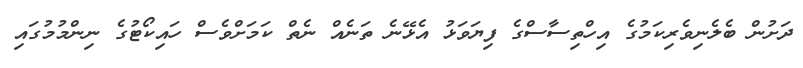
ދަށުން ބެލެނިވެރިކަމުގެ އިހްތިސާސްގެ ފިޔަވަޅު އެޅޭނެ ތަނެއް ނެތް ކަމަށްވެސް ހައިކޯޓުގެ ނިންމުމުގައި